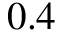
0 . 4